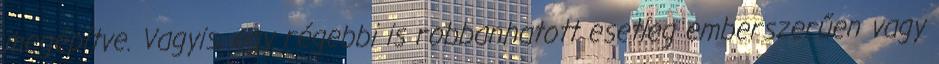
megépítve. Vagyis, egy régebbi is robbanhatott esetleg emberszerűen vagy